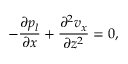
- \frac { \partial p _ { l } } { \partial x } + \frac { \partial ^ { 2 } v _ { x } } { \partial z ^ { 2 } } = 0 ,